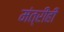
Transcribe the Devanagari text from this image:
मंत्रीही